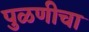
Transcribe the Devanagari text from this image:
पुळणीचा